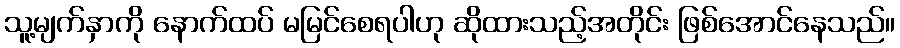
သူ့မျက်နှာကို နောက်ထပ် မမြင်စေရပါဟု ဆိုထားသည့်အတိုင်း ဖြစ်အောင်နေသည်။